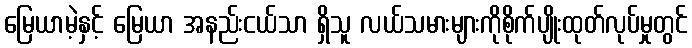
မြေယာမဲ့နှင့် မြေယာ အနည်းငယ်သာ ရှိသူ လယ်သမားများကိုစိုက်ပျိုးထုတ်လုပ်မှုတွင်